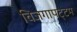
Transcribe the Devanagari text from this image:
विजगापट्‌टम